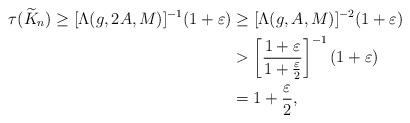
LaTeX: \begin{align*} \tau(\widetilde K_n)\ge [\Lambda(g,2A,M)]^{-1}(1+\varepsilon) & \geq [\Lambda(g,A,M)]^{-2}(1+\varepsilon) \\ & > \left[ \frac{1+\varepsilon}{1+\frac{\varepsilon}{2}} \right]^{-1}(1+\varepsilon) \\ & = 1+\frac{\varepsilon}{2},\end{align*}